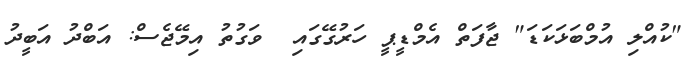
"ކުއްލި އުމްބަޅަކަޑަ" ޖާފަތް އެމްޑީޕީ ހަރުގޭގައި  ވަގުތު އިމޭޖެސް: އަބްދު އަބީދު